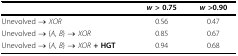
|  | w > 0.75 | w >0.90 |
 | --- | --- | --- |
 | Unevolved → XOR | 0.56 | 0.47 |
 | Unevolved → {A, B} → XOR | 0.85 | 0.67 |
 | Unevolved → {A, B} → XOR + HGT | 0.94 | 0.68 |